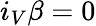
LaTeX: i_{V}\beta=0